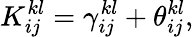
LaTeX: {K}_{ij}^{kl}={\gamma}_{ij}^{kl}+{\theta}_{ij}^{kl},